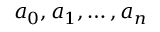
a _ { 0 } , a _ { 1 } , \dots , a _ { n }